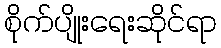
စိုက်ပျိုးရေးဆိုင်ရာ